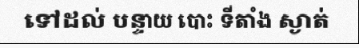
ទៅដល់ បន្ទាយ បោះ ទីតាំង ស្ងាត់